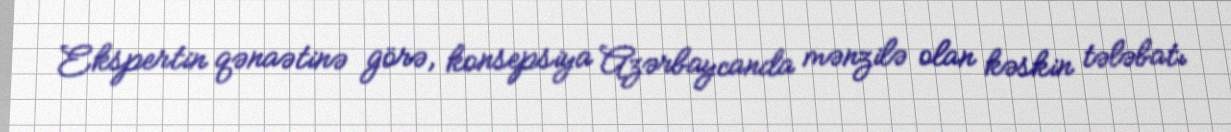
Ekspertin qənaətinə görə, konsepsiya Azərbaycanda mənzilə olan kəskin tələbatı